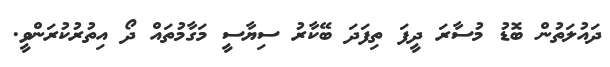
ދައުލަތުން ބޮޑު މުސާރަ ދީފަ ތިފަދަ ބޭކާރު ސިޔާސީ މަގާމުތައް ދޯ އިތުރުކުރަންވީ.